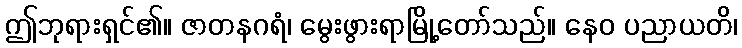
ဤဘုရားရှင်၏။ ဇာတနဂရံ၊ မွေးဖွားရာမြို့တော်သည်။ နေဝ ပညာယတိ၊